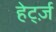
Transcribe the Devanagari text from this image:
हेर्ट्ज़